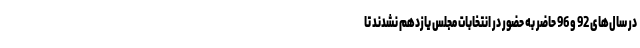
در سال‌های 92 و 96 حاضر به حضور در انتخابات مجلس یازدهم نشدند تا